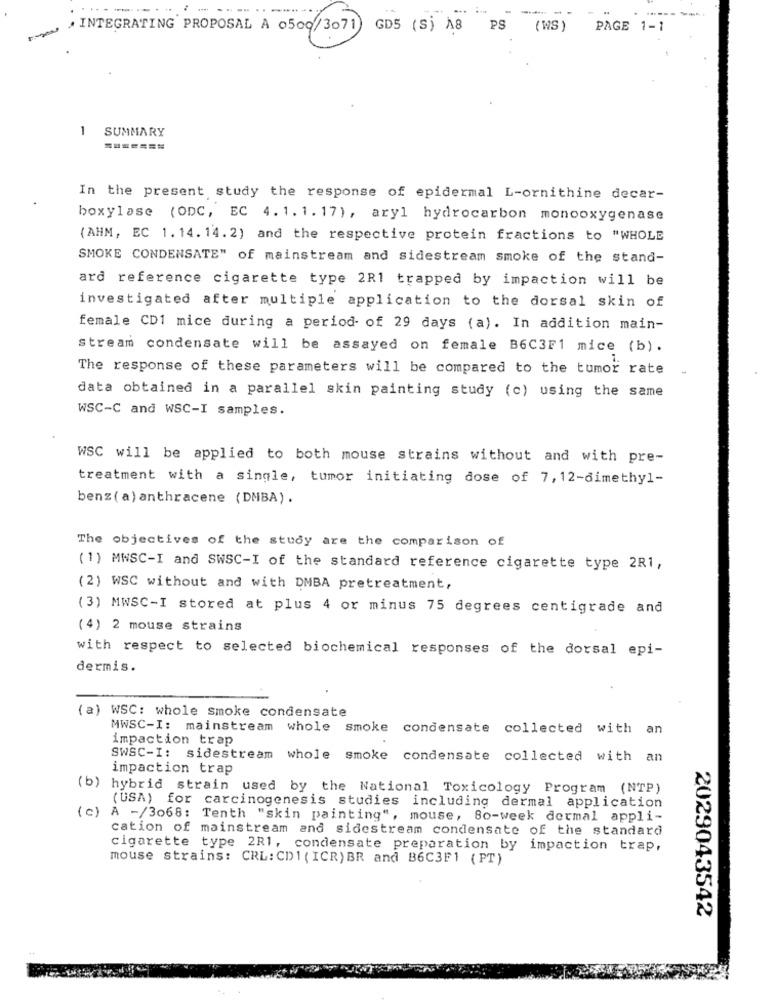
--
INTEGRATING PROPOSAL A 0500/3071)
GD5 (S) A8 PS (WS)
PAGE 1-1
1
SUMMARY
=======
In the present study the response of epidermal L-ornithine decar-
boxylase (ODC, EC 4. 1. 1. 17), aryl hydrocarbon monooxygenase
(AHM, EC 1. 14. 14. 2) and the respective protein fractions to "WHOLE
SMOKE CONDENSATE" of mainstream and sidestream smoke of the stand-
ard reference cigarette type 2R1 trapped by impaction will be
investigated after multiple application to the dorsal skin of
female CD1 mice during a period of 29 days (a). In addition main-
stream condensate will be assayed on female B6C3F1 mice (b).
The response of these parameters will be compared to the tumor rate
data obtained in a parallel skin painting study (c) using the same
WSC-C and WSC-I samples.
WSC will be applied to both mouse strains without and with pre-
treatment with a single, tumor initiating dose of 7, 12-dimethyl-
benz(a) anthracene (DMBA).
The objectives of the study are the comparison of
(1) MWSC-I and SWSC-I of the standard reference cigarette type 2R1,
(2) WSC without and with DMBA pretreatment,
(3) MWSC-I stored at plus 4 or minus 75 degrees centigrade and
(4) 2 mouse strains
with respect to selected biochemical responses of the dorsal epi-
dermis.
(a) WSC: whole smoke condensate
MWSC-I: mainstream
whole smoke condensate collected with an
impaction trap
SWSC-I: sidestream whole
Smoke condensate collected with an
impaction trap
(b) hybrid strain used by the National Toxicology Program (NTP)
(USA) for carcinogenesis studies including dermal application
(c) A -/3068: Tenth "skin painting", mouse, So-week dermal appli-
cation of mainstream and sidestream condensate of the standard
cigarette type 2R1, condensate preparation by impaction trap,
mouse strains: CRL: CD1 ( ICR) BR and B6C3F1 (PT)
2029043542